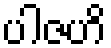
ပါဇဟိ